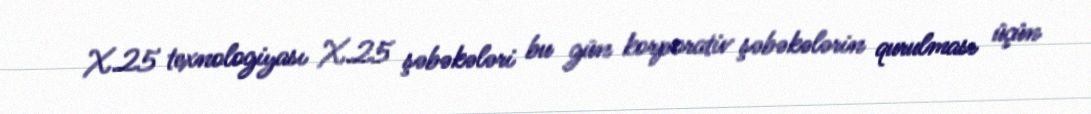
X.25 texnologiyası X.25 şəbəkələri bu gün korporativ şəbəkələrin qurulması üçün